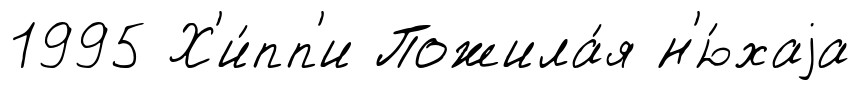
1995 Х'и́пп'и Пожила́я н'ю́хаjа